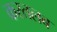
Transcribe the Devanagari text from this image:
करतलब